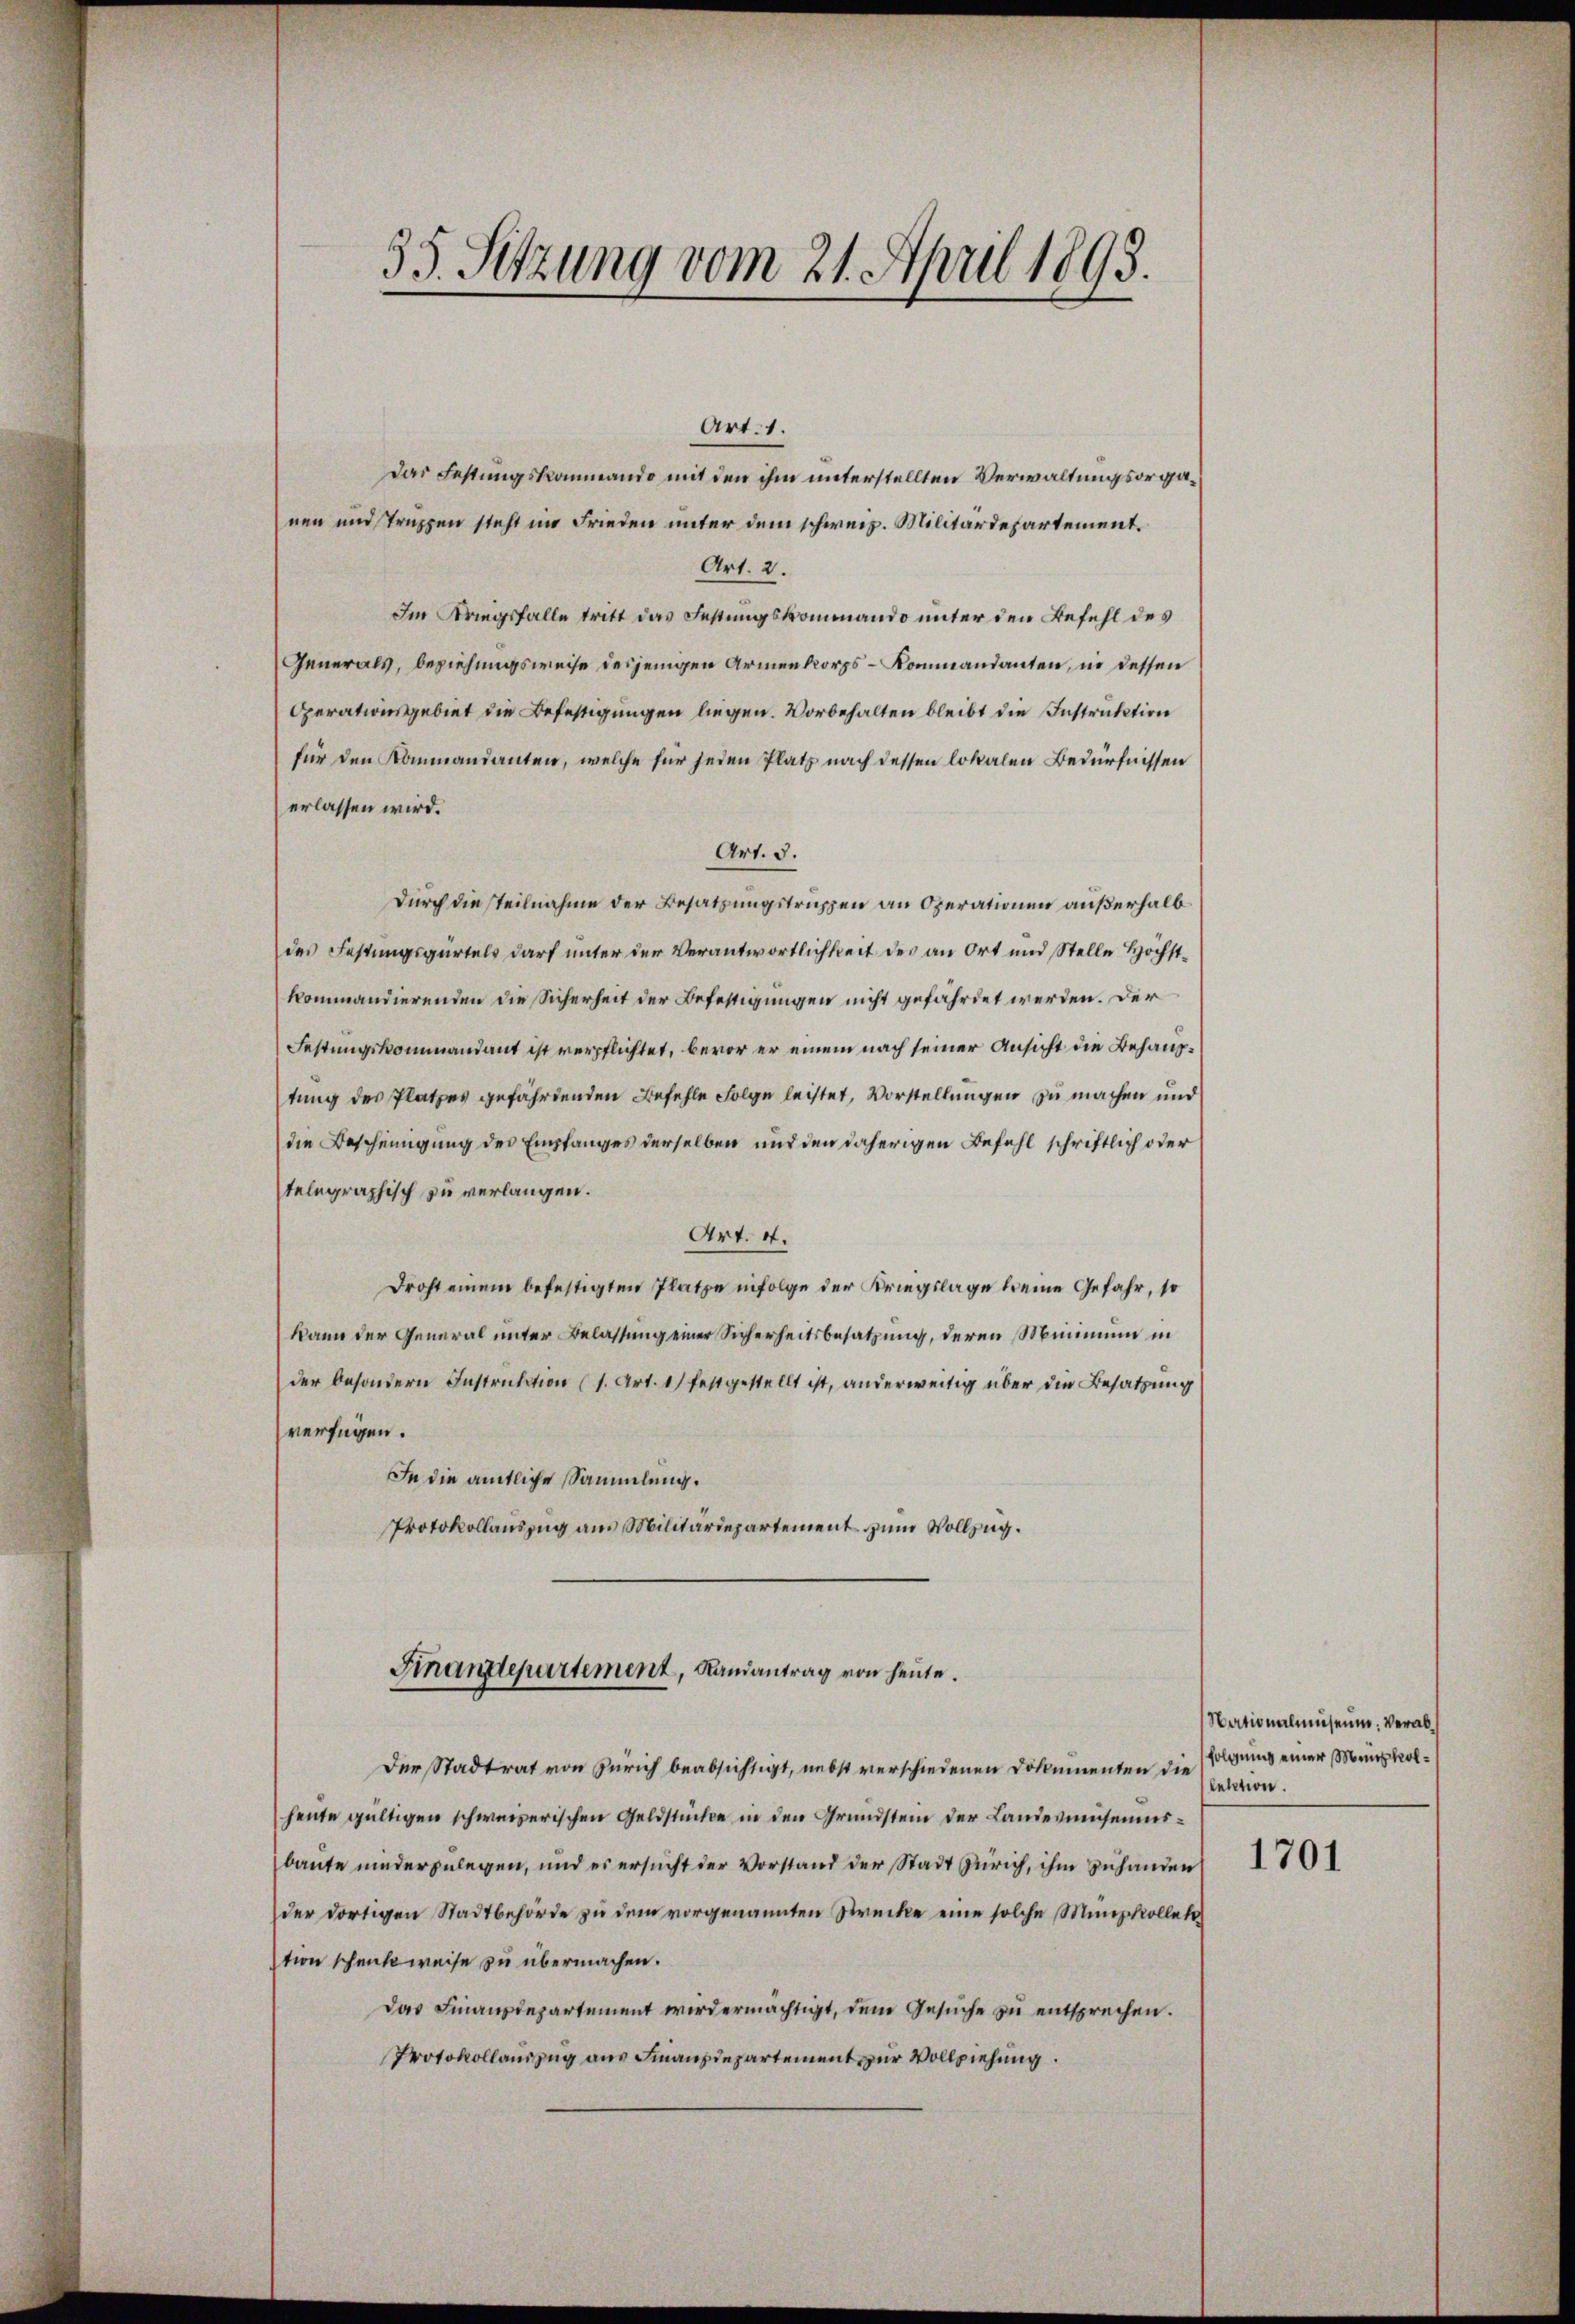
35. Sitzung vom 21. April 1893.

Das Festungskommando mit den ihm unterstellten Verwaltungsorganen und Truppen steht im Frieden unter dem schweiz. Militärdepartement.
Art. 2.
Im Kriegsfalle tritt das Festungskommando unter den Befehl des
Generals, beziehungsweise desjenigen Armenkorps - Kommandanten, in dessen
Operationsgebiet die Befestigungen liegen. Vorbehalten bleibt die Instruktion
für den Kommandanten, welche für jeden Platz nach dessen lokalen Bedürfnissen
erlassen wird.
Art. 3.
Durch die steilnahme der Besatzungstruppen an Operationen außerhalb
des Festungsgürtels darf unter der Verantwortlichkeit des an Ort und Stelle Höchstkommandierenden die Sicherheit der Befestigungen nicht gefährdet werden. Der
Festungskommandant ist verpflichtet, bevor er einem nach seiner Ansicht die Behauptung des Platzes gefährtenden Befehle Folge leistet, Vorstellungen zu machen und
die Bescheinigung des Empfanges derselben und den daherigen Befehl schriftlich oder
telegraphisch zu verlangen.
Art. 4.
droht einem befestigten Platze infolge der Kriegslage keine Gefahr, so
kann der General unter Belassung einer Sicherheitsbesatzung, deren Minimum in
der besondern Instruktion (1. Art. 1) festgestellt ist, anderweitig über die Besatzung
verfügen.
In die amtliche Sammlung.
Protokollauszug aus Militärdepartement zum Vollzug.
Finandepartement, Randantrag von heute.
Der Stadtrat von Zürich beabsichtigt, nebst verschiedenen Dokumenten die
heute gültigen schweizerischen Geldstücken in den Grundstein der Landesmuseumsbaute niederzulegen, und es ersucht der Vorstand der Stadt Zürich, ihm zuhanden
der dortigen Stadtbehörde zŭ dem vorgenannten Strecke eine solche Minischollek
tion schenkweise zu übermachen.
Das Finanzdepartement wird ermächtigt, dem Gesuche zu entsprechen.
Protokollauszug aus Finanzdepartement zur Vollziehung.

Nationalmuseum, verabfolgung einer Münzkolletation.

1701